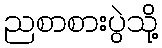
ညစာစားပွဲသို့